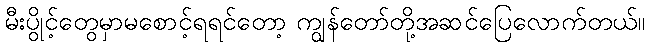
မီးပွိုင့်တွေမှာမစောင့်ရရင်တော့ ကျွန်တော်တို့အဆင်ပြေလောက်တယ်။